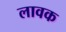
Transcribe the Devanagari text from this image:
लावक